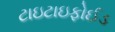
ટાઇટાઇફોઈડ